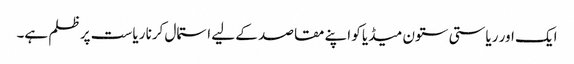
ایک اور ریاستی ستون میڈیا کو اپنے مقاصد کے لیے استمال کرنا ریاست پر ظلم ہے۔